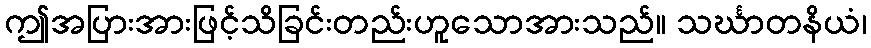
ဤအပြားအားဖြင့်သိခြင်းတည်းဟူသောအားသည်။ သင်္ဃာတနိယံ၊